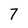
Character: 7